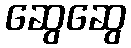
ဆွေဆွေ